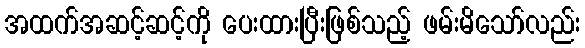
အထက်အဆင့်ဆင့်ကို ပေးထားပြီးဖြစ်သည့် ဖမ်းမိသော်လည်း